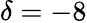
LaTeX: \delta=-8